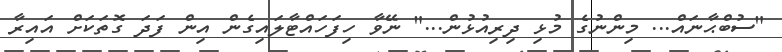
"ސުބްޙާނައް... މިންނުގެ މުޅި ދިރިއުޅުން..." ނޭވާ ހިފަހައްޓާލައިގެން އިން ފަދަ ގޮތަކަށް އައިރާ